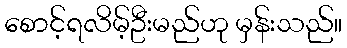
စောင့်ရလိမ့်ဦးမည်ဟု မှန်းသည်။